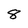
Character: 8